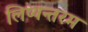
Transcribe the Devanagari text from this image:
लिप्यन्तरम